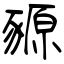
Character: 豲